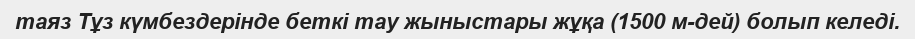
таяз Тұз күмбездерінде беткі тау жыныстары жұқа (1500 м-дей) болып келеді.